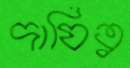
দাযিত্ব